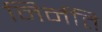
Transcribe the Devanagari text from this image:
निर्नति